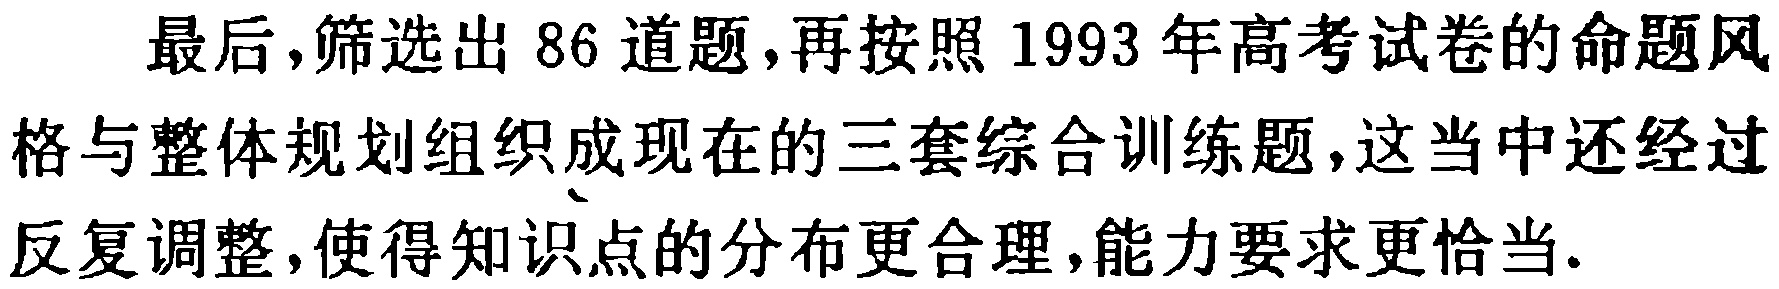
最后，筛选出 86 道题，再按照 1993 年高考试卷的命题风格与整体规划组织成现在的三套综合训练题，这当中还经过反复调整，使得知识点的分布更合理，能力要求更恰当.